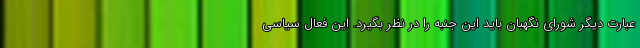
عبارت دیگر شورای نگهبان باید این جنبه را در نظر بگیرد. این فعال سیاسی